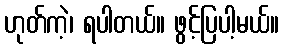
ဟုတ်ကဲ့၊ ရပါတယ်။ ဖွင့်ပြပါ့မယ်။